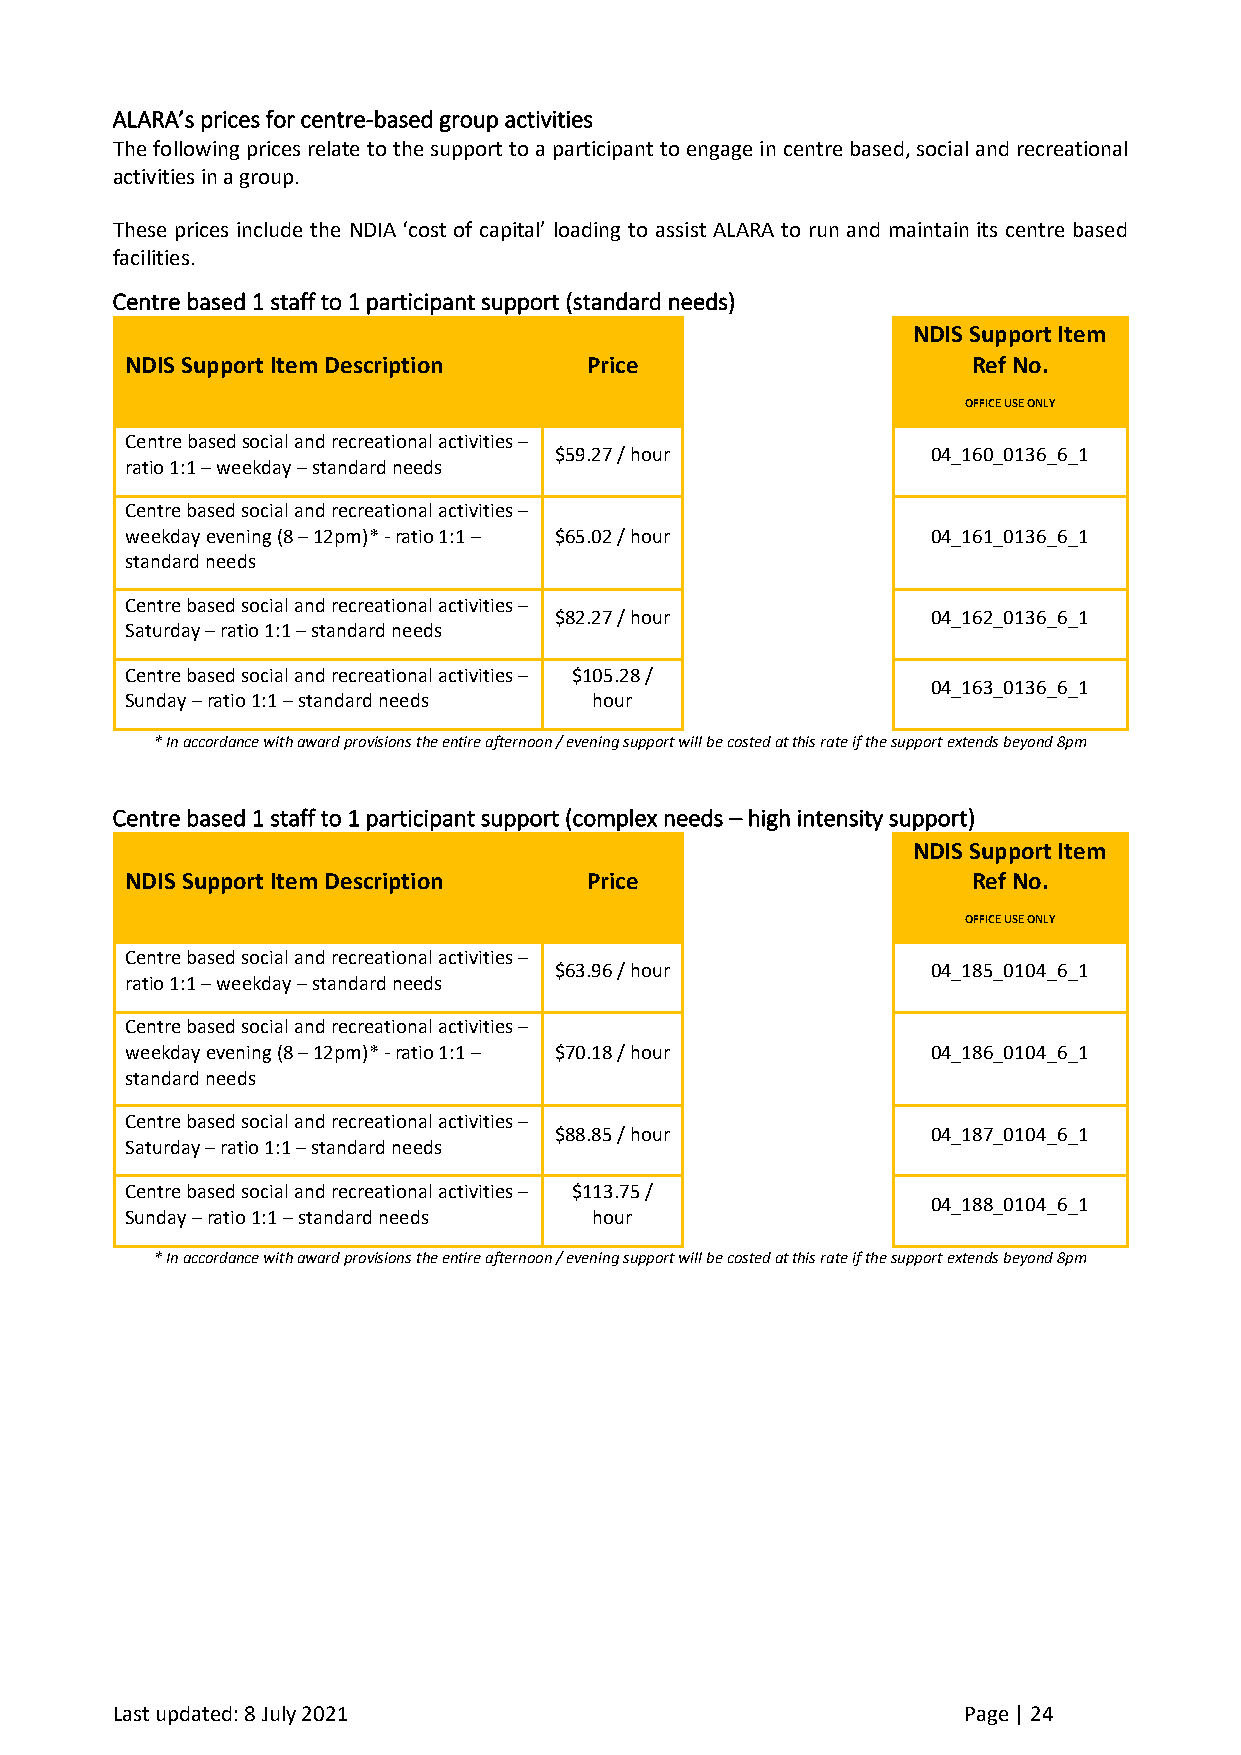
ALARA’s prices for centre-based group activities
 The following prices relate to the support to a participant to engage in centre based, social and recreational
 activities in a group.
 These prices include the NDIA ‘cost of capital’ loading to assist ALARA to run and maintain its centre based
 facilities.
 Centre based 1 staff to 1 participant support (standard needs)
 NDIS Support Item
 NDIS Support Item Description  Price                    Ref No.
 OFFICE USE ONLY
 Centre based social and recreational activities –
 $59.27 / hour            04_160_0136_6_1
 ratio 1:1 – weekday – standard needs
 Centre based social and recreational activities –
 weekday evening (8 – 12pm)* - ratio 1:1 – $65.02 / hour 04_161_0136_6_1
 standard needs
 Centre based social and recreational activities –
 $82.27 / hour            04_162_0136_6_1
 Saturday – ratio 1:1 – standard needs
 Centre based social and recreational activities – $105.28 /
 04_163_0136_6_1
 Sunday – ratio 1:1 – standard needs hour
 * In accordance with award provisions the entire afternoon / evening support will be costed at this rate if the support extends beyond 8pm
 Centre based 1 staff to 1 participant support (complex needs – high intensity support)
 NDIS Support Item
 NDIS Support Item Description  Price                    Ref No.
 OFFICE USE ONLY
 Centre based social and recreational activities –
 $63.96 / hour            04_185_0104_6_1
 ratio 1:1 – weekday – standard needs
 Centre based social and recreational activities –
 weekday evening (8 – 12pm)* - ratio 1:1 – $70.18 / hour 04_186_0104_6_1
 standard needs
 Centre based social and recreational activities –
 $88.85 / hour            04_187_0104_6_1
 Saturday – ratio 1:1 – standard needs
 Centre based social and recreational activities – $113.75 /
 04_188_0104_6_1
 Sunday – ratio 1:1 – standard needs hour
 * In accordance with award provisions the entire afternoon / evening support will be costed at this rate if the support extends beyond 8pm
 Last updated: 8 July 2021                                Page | 24